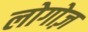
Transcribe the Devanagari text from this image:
लोगोज़